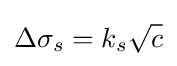
\Delta \sigma _{s}=k_{s}{\sqrt {c}}